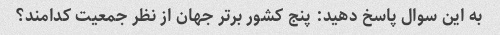
به این سوال پاسخ دهید: پنج کشور برتر جهان از نظر جمعیت کدامند؟